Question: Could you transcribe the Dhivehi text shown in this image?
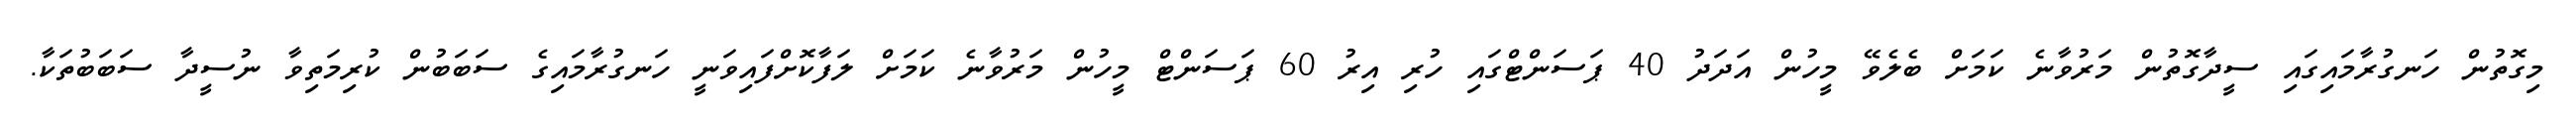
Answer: މިގޮތުން ހަނގުރާމައިގައި ސީދާގޮތުން މަރުވާނެ ކަމަށް ބެލެވޭ މީހުން އަދަދު 40 ޕަސަންޓްގައި ހުރި އިރު 60 ޕަސަންޓް މީހުން މަރުވާނެ ކަމަށް ލަފާކޮށްފައިވަނީ ހަނގުރާމައިގެ ސަބަބުން ކުރިމަތިވާ ނުސީދާ ސަބަބުތަކާ.